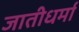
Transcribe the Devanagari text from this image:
जातीधर्मा